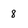
Character: 8